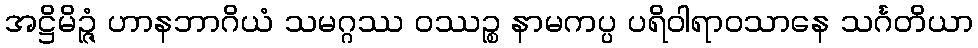
အဋ္ဌိမိဉ္ဇံ ဟာနဘာဂိယံ သမဂ္ဂဿ ဝဿဉ္စ နာမကပ္ပ ပရိဝါရာဝသာနေ သင်္ဂတိယာ